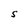
Character: S